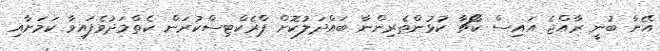
އޭނާ ބުނީ ރާއްޖެ އައިސް ކޯޗާ ކުޅުންތެރިންނާ ބައްދަލުކޮށް ޕްރެކްޓިސްކުރަން ކެތްމަދުވެފައިވާ ކަމަށާއި